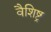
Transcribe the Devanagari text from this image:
वैशिष्ट्र